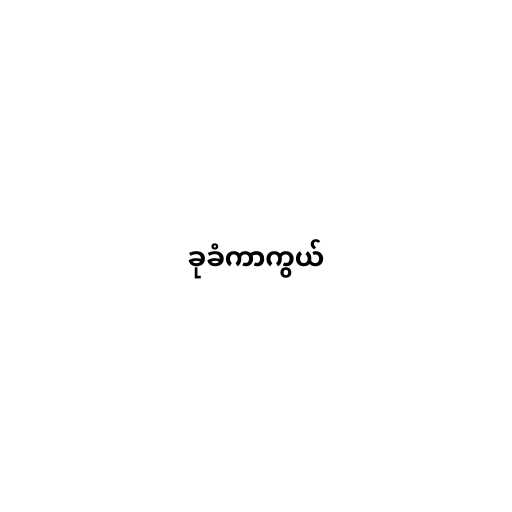
ခုခံကာကွယ်